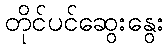
တိုင်ပင်ဆွေးနွေး